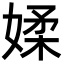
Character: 媃